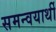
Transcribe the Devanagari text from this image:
समन्वयार्थी